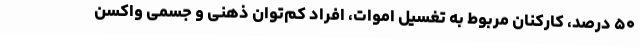
۵۰ درصد، کارکنان مربوط به تغسیل اموات، افراد کم‌توان ذهنی و جسمی واکسن